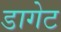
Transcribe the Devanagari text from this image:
डागेट